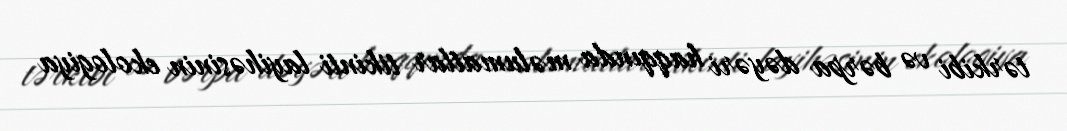
tərkibi və bərpa dəyəri haqqında məlumatlar tikinti layihəsinin ekologiya